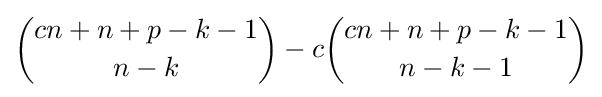
{\binom {cn+n+p-k-1}{n-k}}-c{\binom {cn+n+p-k-1}{n-k-1}}